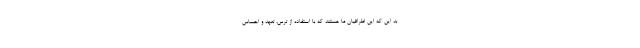
بد این که این اطرافیان ما هستند که با استفاده از ترس، تعهد و احساس